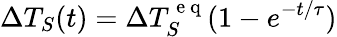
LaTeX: \Delta T_{S}(t)=\Delta T_{S}^{\mathrm{~e~q~}}(1-e^{-t/\tau})